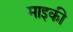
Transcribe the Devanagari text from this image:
माइकी